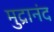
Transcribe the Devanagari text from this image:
मुद्रानंद